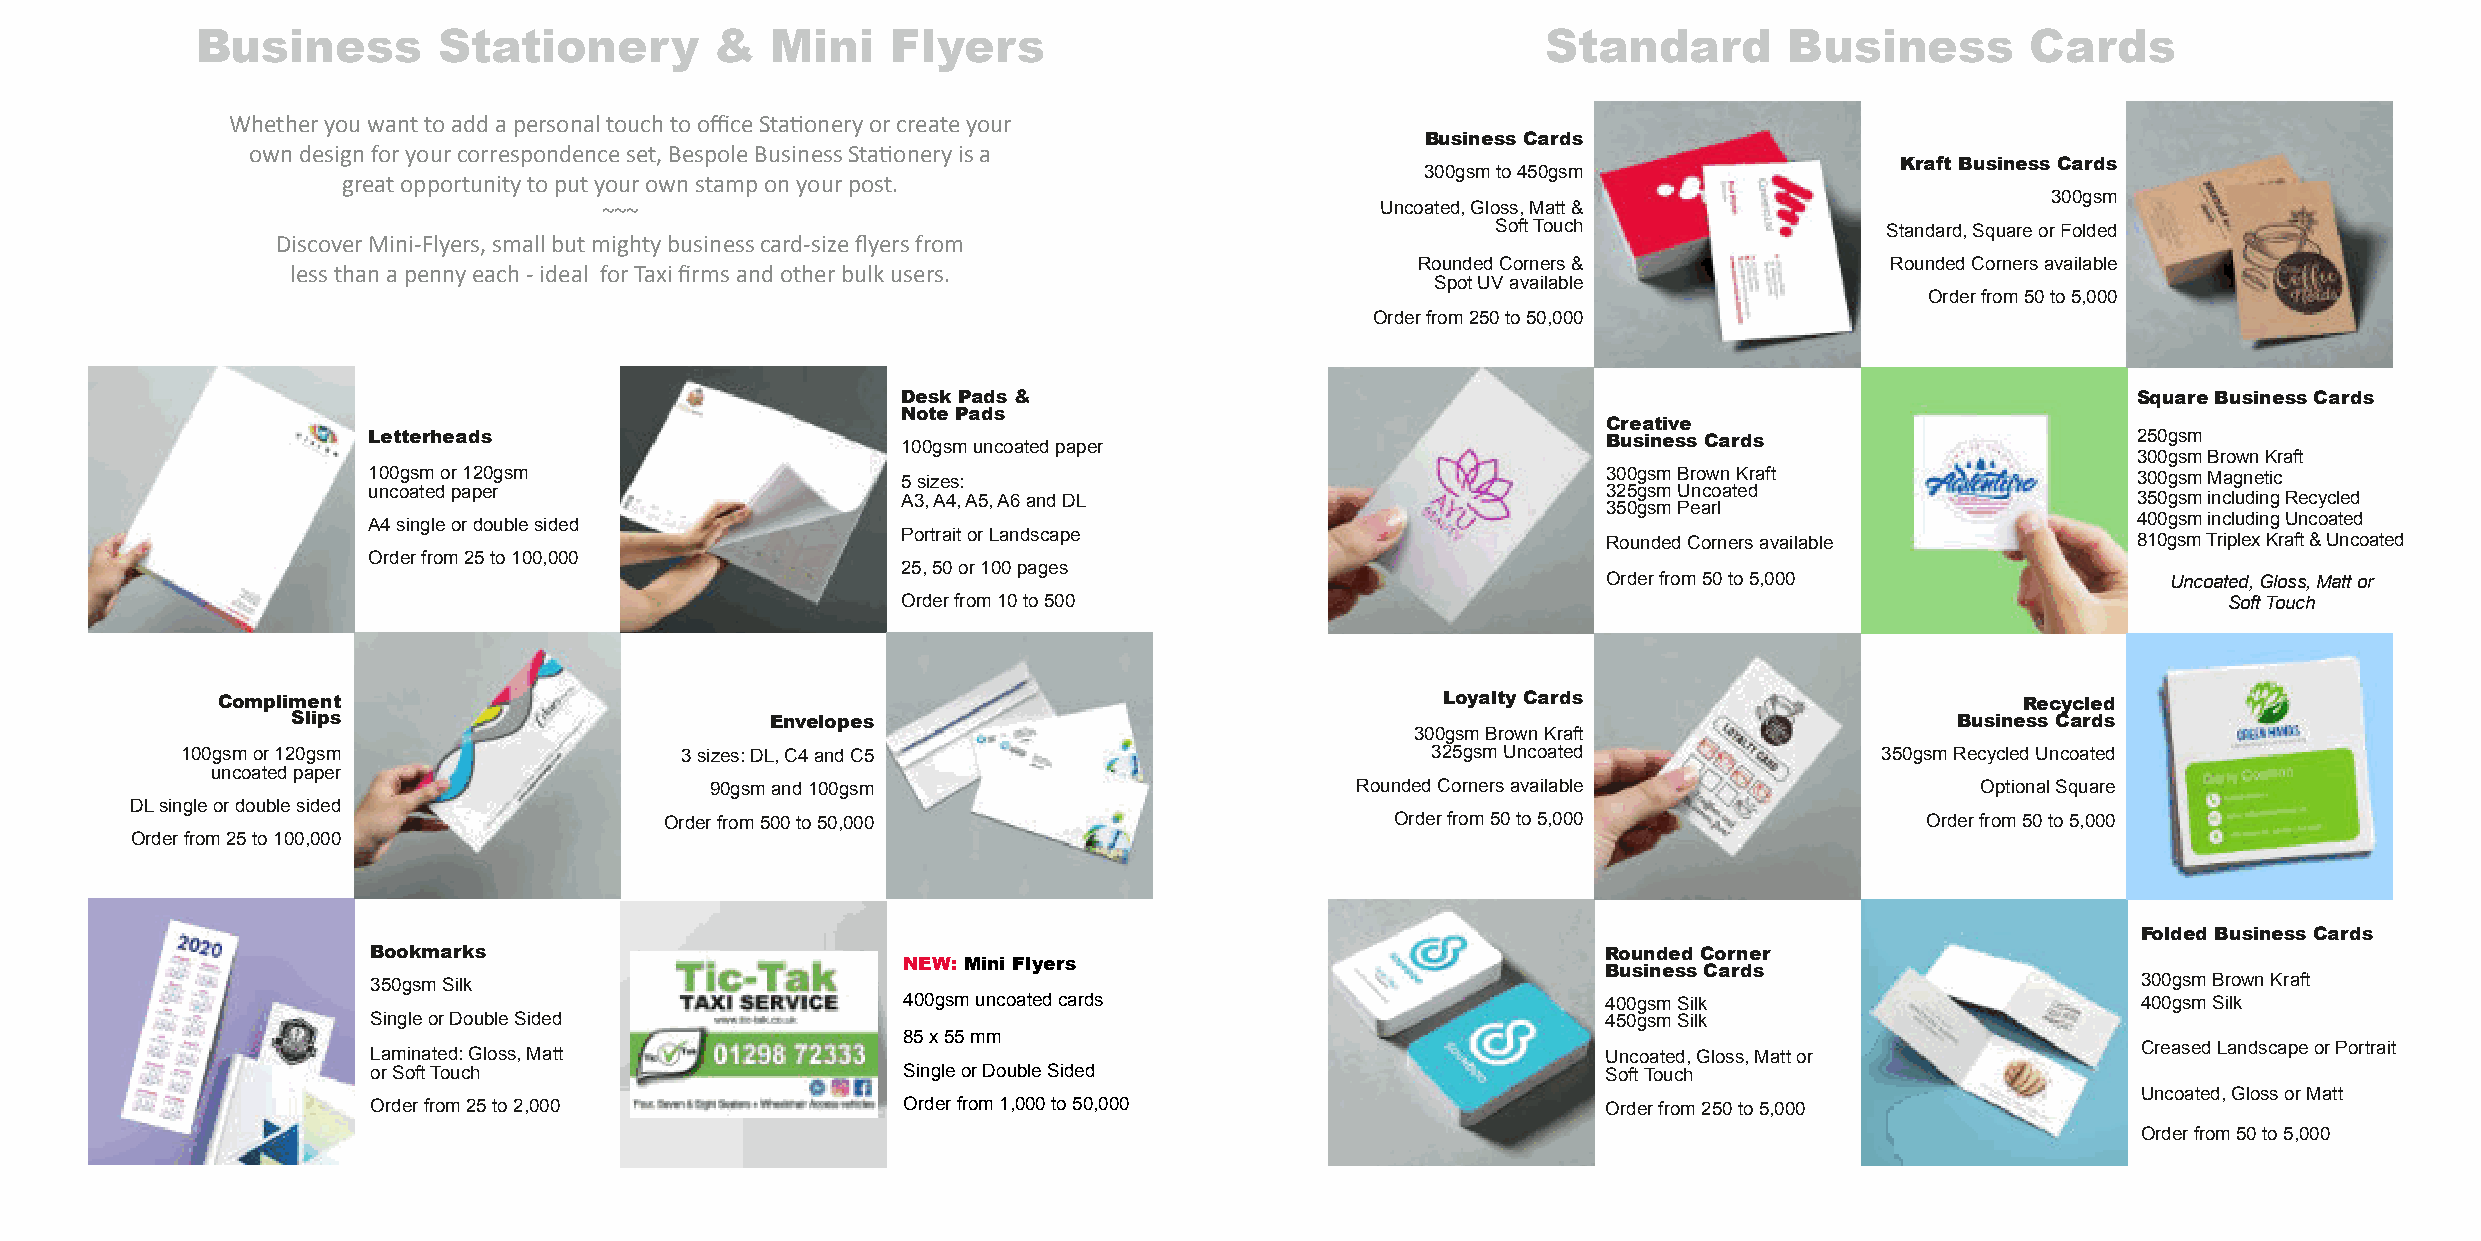
Business        Stationery        &   Mini    Flyers                                     Standard        Business        Cards
 WhetheryouwanttoaddapersonaltouchtoofficeSta�oneryorcreateyour
 BusinessCards
 owndesignforyourcorrespondenceset,BespoleBusinessSta�oneryisa
 KraftBusinessCards
 300gsmto450gsm
 greatopportunitytoputyourownstamponyourpost.
 300gsm
 ~~~                                                Uncoated,Gloss,Matt&
 SoftTouch                 Standard,SquareorFolded
 DiscoverMini-Flyers,smallbutmightybusinesscard-sizeflyersfrom
 RoundedCorners&                RoundedCornersavailable
 lessthanapennyeach-ideal forTaxifirmsandotherbulkusers.
 SpotUVavailable
 Orderfrom50to5,000
 Orderfrom250to50,000
 Desk Pads&                                                                       Square BusinessCards
 Note Pads
 Creative
 Letterheads                         100gsmuncoatedpaper                           BusinessCards                      250gsm
 300gsmBrownKraft
 100gsmor120gsm                      5sizes:                                       300gsmBrownKraft                   300gsmMagnetic
 uncoatedpaper                                                                     325gsmUncoated
 A3,A4,A5,A6andDL                                                                 350gsmincludingRecycled
 350gsmPearl
 A4singleordoublesided                                                                                                400gsmincludingUncoated
 PortraitorLandscape                           RoundedCornersavailable            810gsmTriplexKraft&Uncoated
 Orderfrom25to100,000
 25,50or100pages
 Orderfrom50to5,000                    Uncoated,Gloss,Mattor
 Orderfrom10to500                                                                       SoftTouch
 Compliment                                                                        LoyaltyCards                          Recycled
 Slips                           Envelopes                                                                      BusinessCards
 300gsmBrownKraft
 100gsmor120gsm                   3sizes:DL,C4andC5                                 325gsmUncoated                350gsmRecycledUncoated
 uncoatedpaper
 90gsmand100gsm                             RoundedCornersavailable                  OptionalSquare
 DLsingleordoublesided
 Orderfrom500to50,000                            Orderfrom50to5,000                 Orderfrom50to5,000
 Orderfrom25to100,000
 Folded BusinessCards
 Bookmarks                                                                        Rounded Corner
 NEW: Mini Flyers
 BusinessCards
 350gsmSilk                                                                                                           300gsmBrownKraft
 400gsmuncoatedcards                           400gsmSilk                          400gsmSilk
 SingleorDoubleSided                                                              450gsmSilk
 85x55mm
 Laminated:Gloss,Matt                                                             Uncoated,Gloss,Mattor               CreasedLandscapeorPortrait
 orSoftTouch                        SingleorDoubleSided                           SoftTouch
 Uncoated,GlossorMatt
 Orderfrom25to2,000                 Orderfrom1,000to50,000                        Orderfrom250to5,000
 Orderfrom50to5,000